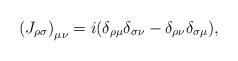
LaTeX: \begin{align*}\left( {J_{\rho \sigma } } \right)_{\mu \nu } = i(\delta _{\rho \mu } \delta _{\sigma \nu } - \delta _{\rho \nu } \delta _{\sigma \mu } ),\end{align*}